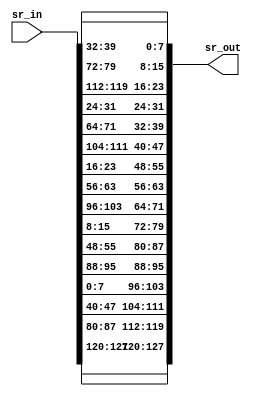
`timescale 1ns / 1ps
module shiftrows(sr_in,sr_out);
    input       [127:0]sr_in;
    output reg  [127:0]sr_out;
    reg [31:0]x1,x2,x3,x4;
    
    always @(*)
    begin
        x1=sr_in[127:96];
        x2=sr_in[95:64];
        x3=sr_in[63:32];
        x4=sr_in[31:0];
        
        sr_out={x1[31:24],x2[23:16],x3[15:8],x4[7:0],
               x2[31:24],x3[23:16],x4[15:8],x1[7:0],
               x3[31:24],x4[23:16],x1[15:8],x2[7:0],
               x4[31:24],x1[23:16],x2[15:8],x3[7:0]};
    end
endmodule